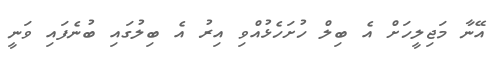
އޭނާ މަޖިލީހަށް އެ ބިލް ހުށަހެޅުއްވި އިރު އެ ބިލުގައި ބުނެފައި ވަނީ